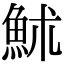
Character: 𩶄